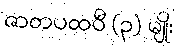
ဇာတပထဝီ (၃) မျိုး